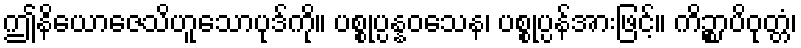
ဤနိယောဇေသိဟူသောပုဒ်ကို။ ပစ္စုပ္ပန္နဝသေန၊ ပစ္စုပ္ပန်အားဖြင့်။ ကိဉ္စာပိဝုတ္တံ၊